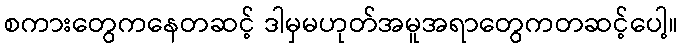
စကားတွေကနေတဆင့် ဒါမှမဟုတ်အမူအရာတွေကတဆင့်ပေါ့။